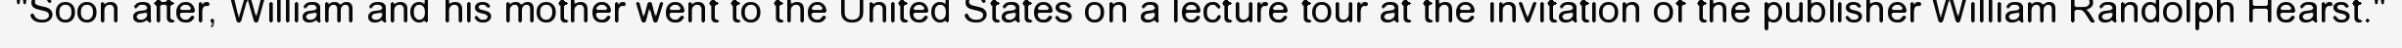
"Soon after, William and his mother went to the United States on a lecture tour at the invitation of the publisher William Randolph Hearst."